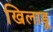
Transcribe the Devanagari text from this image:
खिलाडू